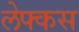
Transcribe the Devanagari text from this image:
लेफ्कस